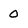
Character: 0